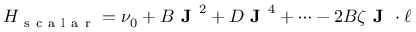
H _ { \mathrm { ~ s ~ c ~ a ~ l ~ a ~ r ~ } } = \nu _ { 0 } + B \textbf { J } ^ { 2 } + D \textbf { J } ^ { 4 } + \cdots - 2 B \zeta \textbf { J } \cdot \boldsymbol \ell